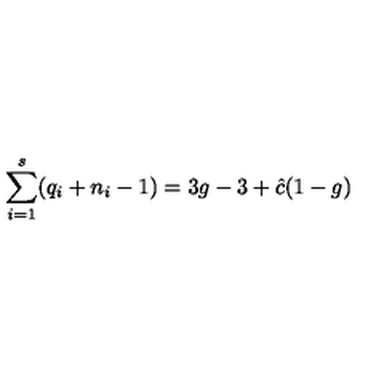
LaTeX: \sum _ { i = 1 } ^ { s } ( q _ { i } + n _ { i } - 1 ) = 3 g - 3 + { \hat { c } } ( 1 - g )